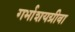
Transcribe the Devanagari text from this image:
गर्भाशयग्रीवा